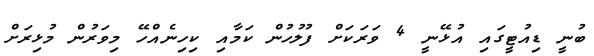
ބުނީ ޑިއުޓީގައި އުޅޭނީ 4 ވަރަކަށް ފުލުހުން ކަމާއި ކިހިނެއްހޭ މިވަރުން މުޅިރަށް